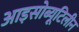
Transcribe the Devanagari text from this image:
आइसोब्यूटिलीन